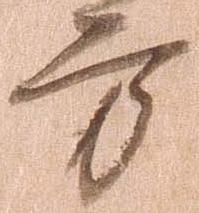
方